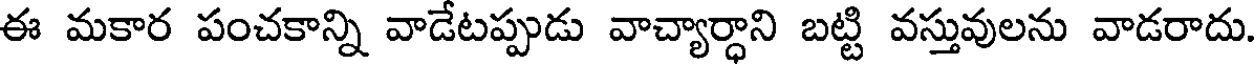
ఈ మకార పంచకాన్ని వాడేటప్పుడు వాచ్యార్ధాని బట్టి వస్తువులను వాడరాదు.